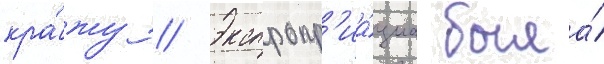
кра́жу // Экспропр'иа́циа была́